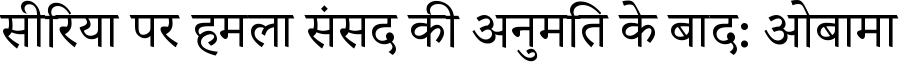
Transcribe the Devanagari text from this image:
सीरिया पर हमला संसद की अनुमति के बाद: ओबामा